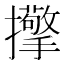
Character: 𢹘